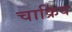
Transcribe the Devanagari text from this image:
चाक्रिय